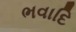
ભવાદિ